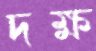
দক্ষ